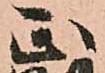
正